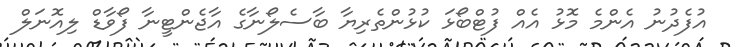
އުފެދުނު އެންމެ މޮޅު އެއް ފުޓްބޯޅަ ކުޅުންތެރިޔާ ބާސެލޯނާގެ އާޖެންޓީނާ ފޯވާޑް ލިއޮނަލް